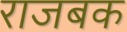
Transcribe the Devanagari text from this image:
राजबक